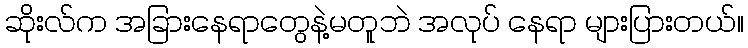
ဆိုးလ်က အခြားနေရာတွေနဲ့မတူဘဲ အလုပ် နေရာ များပြားတယ်။